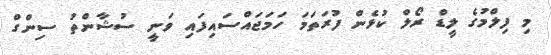
މި ފިލްމުގެ ލީޑް ރޯލް ކުޅެން ފުރަތަމަ ހަމަޖައްސައިފައި ވަނީ ސުޝާންތު ސިންގް